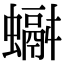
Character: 𧓞